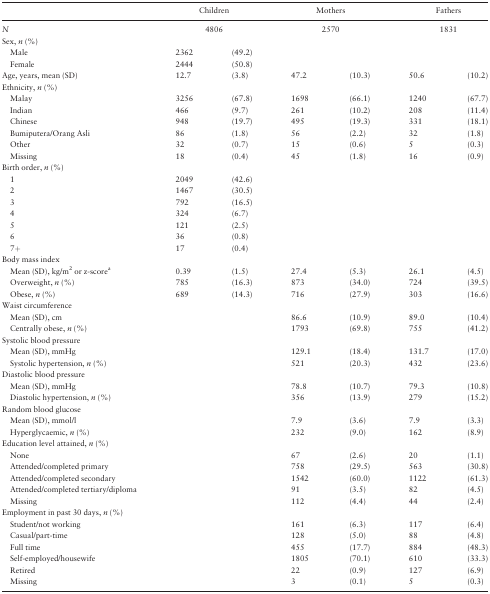
<table><thead><tr><td></td><td colspan="2"><b>Children</b></td><td colspan="2"><b>Mothers</b></td><td colspan="2"><b>Fathers</b></td></tr></thead><tbody><tr><td><i>N</i></td><td colspan="2">4806</td><td colspan="2">2570</td><td colspan="2">1831</td></tr><tr><td>Sex, <i>n</i> (%)</td><td></td><td></td><td></td><td></td><td></td><td></td></tr><tr><td> Male</td><td>2362</td><td>(49.2)</td><td></td><td></td><td></td><td></td></tr><tr><td> Female</td><td>2444</td><td>(50.8)</td><td></td><td></td><td></td><td></td></tr><tr><td>Age, years, mean (SD)</td><td>12.7</td><td>(3.8)</td><td>47.2</td><td>(10.3)</td><td>50.6</td><td>(10.2)</td></tr><tr><td>Ethnicity, <i>n</i> (%)</td><td></td><td></td><td></td><td></td><td></td><td></td></tr><tr><td> Malay</td><td>3256</td><td>(67.8)</td><td>1698</td><td>(66.1)</td><td>1240</td><td>(67.7)</td></tr><tr><td> Indian</td><td>466</td><td>(9.7)</td><td>261</td><td>(10.2)</td><td>208</td><td>(11.4)</td></tr><tr><td> Chinese</td><td>948</td><td>(19.7)</td><td>495</td><td>(19.3)</td><td>331</td><td>(18.1)</td></tr><tr><td> Bumiputera/Orang Asli</td><td>86</td><td>(1.8)</td><td>56</td><td>(2.2)</td><td>32</td><td>(1.8)</td></tr><tr><td> Other</td><td>32</td><td>(0.7)</td><td>15</td><td>(0.6)</td><td>5</td><td>(0.3)</td></tr><tr><td> Missing</td><td>18</td><td>(0.4)</td><td>45</td><td>(1.8)</td><td>16</td><td>(0.9)</td></tr><tr><td>Birth order, <i>n</i> (%)</td><td></td><td></td><td></td><td></td><td></td><td></td></tr><tr><td> 1</td><td>2049</td><td>(42.6)</td><td></td><td></td><td></td><td></td></tr><tr><td> 2</td><td>1467</td><td>(30.5)</td><td></td><td></td><td></td><td></td></tr><tr><td> 3</td><td>792</td><td>(16.5)</td><td></td><td></td><td></td><td></td></tr><tr><td> 4</td><td>324</td><td>(6.7)</td><td></td><td></td><td></td><td></td></tr><tr><td> 5</td><td>121</td><td>(2.5)</td><td></td><td></td><td></td><td></td></tr><tr><td> 6</td><td>36</td><td>(0.8)</td><td></td><td></td><td></td><td></td></tr><tr><td> 7+</td><td>17</td><td>(0.4)</td><td></td><td></td><td></td><td></td></tr><tr><td>Body mass index</td><td></td><td></td><td></td><td></td><td></td><td></td></tr><tr><td> Mean (SD), kg/m<sup>2</sup> or z-score<sup>a</sup></td><td>0.39</td><td>(1.5)</td><td>27.4</td><td>(5.3)</td><td>26.1</td><td>(4.5)</td></tr><tr><td> Overweight, <i>n</i> (%)</td><td>785</td><td>(16.3)</td><td>873</td><td>(34.0)</td><td>724</td><td>(39.5)</td></tr><tr><td> Obese, <i>n</i> (%)</td><td>689</td><td>(14.3)</td><td>716</td><td>(27.9)</td><td>303</td><td>(16.6)</td></tr><tr><td>Waist circumference</td><td></td><td></td><td></td><td></td><td></td><td></td></tr><tr><td> Mean (SD), cm</td><td></td><td></td><td>86.6</td><td>(10.9)</td><td>89.0</td><td>(10.4)</td></tr><tr><td> Centrally obese, <i>n</i> (%)</td><td></td><td></td><td>1793</td><td>(69.8)</td><td>755</td><td>(41.2)</td></tr><tr><td>Systolic blood pressure</td><td></td><td></td><td></td><td></td><td></td><td></td></tr><tr><td> Mean (SD), mmHg</td><td></td><td></td><td>129.1</td><td>(18.4)</td><td>131.7</td><td>(17.0)</td></tr><tr><td> Systolic hypertension, <i>n</i> (%)</td><td></td><td></td><td>521</td><td>(20.3)</td><td>432</td><td>(23.6)</td></tr><tr><td>Diastolic blood pressure</td><td></td><td></td><td></td><td></td><td></td><td></td></tr><tr><td> Mean (SD), mmHg</td><td></td><td></td><td>78.8</td><td>(10.7)</td><td>79.3</td><td>(10.8)</td></tr><tr><td> Diastolic hypertension, <i>n</i> (%)</td><td></td><td></td><td>356</td><td>(13.9)</td><td>279</td><td>(15.2)</td></tr><tr><td>Random blood glucose</td><td></td><td></td><td></td><td></td><td></td><td></td></tr><tr><td> Mean (SD), mmol/l</td><td></td><td></td><td>7.9</td><td>(3.6)</td><td>7.9</td><td>(3.3)</td></tr><tr><td> Hyperglycaemic, <i>n</i> (%)</td><td></td><td></td><td>232</td><td>(9.0)</td><td>162</td><td>(8.9)</td></tr><tr><td>Education level attained, <i>n</i> (%)</td><td></td><td></td><td></td><td></td><td></td><td></td></tr><tr><td> None</td><td></td><td></td><td>67</td><td>(2.6)</td><td>20</td><td>(1.1)</td></tr><tr><td> Attended/completed primary</td><td></td><td></td><td>758</td><td>(29.5)</td><td>563</td><td>(30.8)</td></tr><tr><td> Attended/completed secondary</td><td></td><td></td><td>1542</td><td>(60.0)</td><td>1122</td><td>(61.3)</td></tr><tr><td> Attended/completed tertiary/diploma</td><td></td><td></td><td>91</td><td>(3.5)</td><td>82</td><td>(4.5)</td></tr><tr><td> Missing</td><td></td><td></td><td>112</td><td>(4.4)</td><td>44</td><td>(2.4)</td></tr><tr><td>Employment in past 30 days, <i>n</i> (%)</td><td></td><td></td><td></td><td></td><td></td><td></td></tr><tr><td> Student/not working</td><td></td><td></td><td>161</td><td>(6.3)</td><td>117</td><td>(6.4)</td></tr><tr><td> Casual/part-time</td><td></td><td></td><td>128</td><td>(5.0)</td><td>88</td><td>(4.8)</td></tr><tr><td> Full time</td><td></td><td></td><td>455</td><td>(17.7)</td><td>884</td><td>(48.3)</td></tr><tr><td> Self-employed/housewife</td><td></td><td></td><td>1805</td><td>(70.1)</td><td>610</td><td>(33.3)</td></tr><tr><td> Retired</td><td></td><td></td><td>22</td><td>(0.9)</td><td>127</td><td>(6.9)</td></tr><tr><td> Missing</td><td></td><td></td><td>3</td><td>(0.1)</td><td>5</td><td>(0.3)</td></tr></tbody></table>